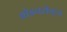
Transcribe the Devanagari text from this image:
ओडनसेन्ट्रन